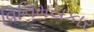
વિનિમયકાર